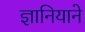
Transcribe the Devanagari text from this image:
ज्ञानियाने